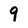
Character: 9